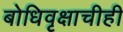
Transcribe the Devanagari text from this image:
बोधिवृक्षाचीही